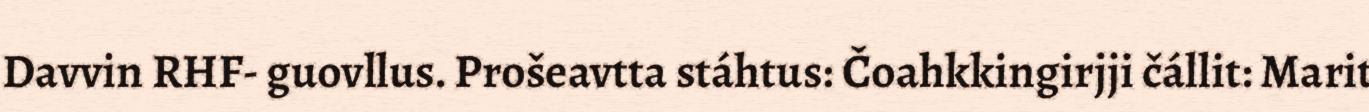
Davvin RHF- guovllus. Prošeavtta stáhtus: Čoahkkingirjji čállit: Marit